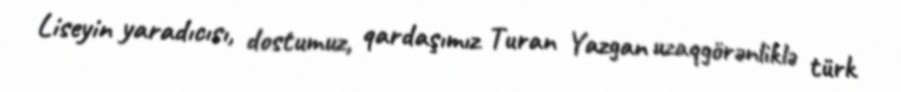
Liseyin yaradıcısı, dostumuz, qardaşımız Turan Yazgan uzaqgörənliklə türk